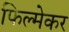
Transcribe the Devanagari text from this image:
फिल्मेकर